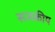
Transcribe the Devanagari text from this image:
सजकीय